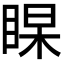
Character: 𭾻